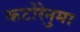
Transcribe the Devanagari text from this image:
कटोरेनुमा